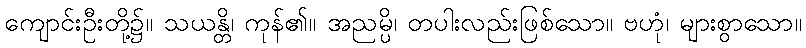
ကျောင်းဦးတို့၌။ သယန္တိ၊ ကုန်၏။ အညမ္ပိ၊ တပါးလည်းဖြစ်သော။ ဗဟုံ၊ များစွာသော။